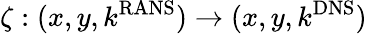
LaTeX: \zeta:(x,y,k^{\mathrm{RANS}})\rightarrow(x,y,k^{\mathrm{DNS}})